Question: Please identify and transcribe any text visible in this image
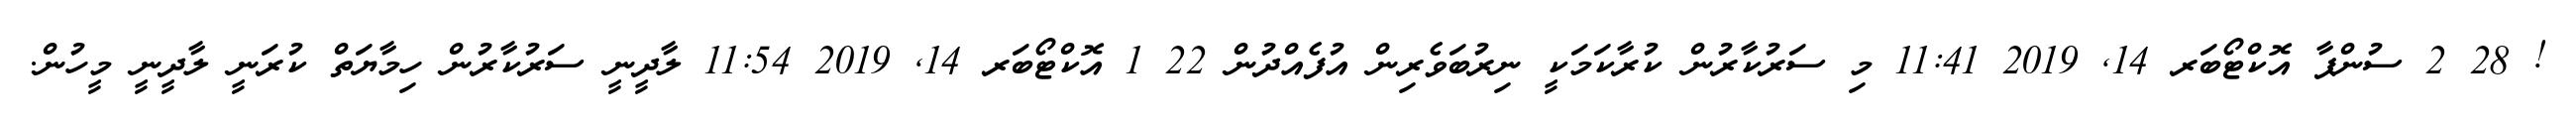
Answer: ! 28 2 ސުންޕާ އޮކްޓޯބަރ 14, 2019 11:41 މި ސަރުކާރުން ކުރާކަމަކީ ނިރުބަވެރިން އުފެއްދުން 22 1 އޮކްޓޯބަރ 14, 2019 11:54 ލާދީނީ ސަރުކާރުން ހިމާޔަތް ކުރަނީ ލާދީނީ މީހުން.